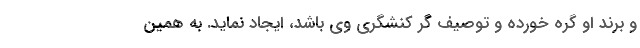
و برند او گره خورده و توصیف گرِ کنشگری وی باشد، ایجاد نماید. به همین